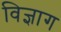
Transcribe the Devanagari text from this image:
विज्ञाग